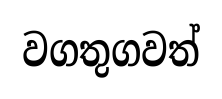
වගතුගවත්